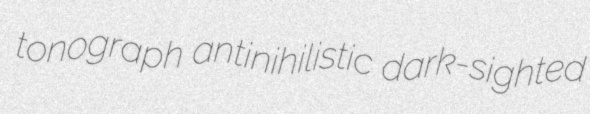
tonograph antinihilistic dark-sighted